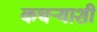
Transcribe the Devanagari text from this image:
कचऱ्याशी